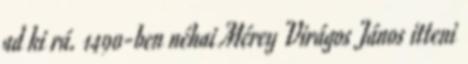
ad ki rá. 1490-ben néhai Mérey Virágos János itteni